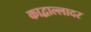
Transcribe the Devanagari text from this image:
काद्वाल्लादर